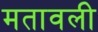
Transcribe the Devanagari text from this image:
मतावली